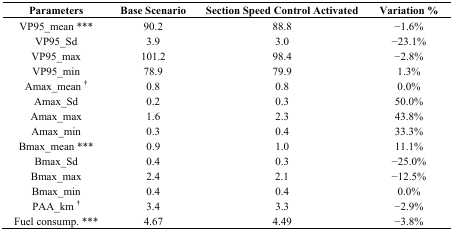
| Parameters | Base Scenario | Section Speed Control Activated | Variation % |
 | --- | --- | --- | --- |
 | VP95_mean *** | 90.2 | 88.8 | −1.6% |
 | VP95_Sd | 3.9 | 3.0 | −23.1% |
 | VP95_max | 101.2 | 98.4 | −2.8% |
 | VP95_min | 78.9 | 79.9 | 1.3% |
 | Amax_mean † | 0.8 | 0.8 | 0.0% |
 | Amax_Sd | 0.2 | 0.3 | 50.0% |
 | Amax_max | 1.6 | 2.3 | 43.8% |
 | Amax_min | 0.3 | 0.4 | 33.3% |
 | Bmax_mean *** | 0.9 | 1.0 | 11.1% |
 | Bmax_Sd | 0.4 | 0.3 | −25.0% |
 | Bmax_max | 2.4 | 2.1 | −12.5% |
 | Bmax_min | 0.4 | 0.4 | 0.0% |
 | PAA_km † | 3.4 | 3.3 | −2.9% |
 | Fuel consump. *** | 4.67 | 4.49 | −3.8% |